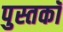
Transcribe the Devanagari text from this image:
पुस्तकॉ